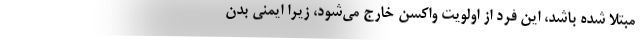
مبتلا شده باشد، این فرد از اولویت واکسن خارج می‌شود، زیرا ایمنی بدن